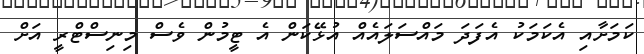
ކަމަށާއި އެކަމަކު އެފަދަ މައްސަލައެއް އުޅޭކަން އެ ޓީމުން ވެސް މިނިސްޓްރީ އަށް